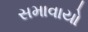
સમાવાયો